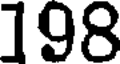
198